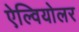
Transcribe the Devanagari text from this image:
ऐल्वियोलर